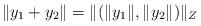
LaTeX: \begin{align*}\|y_1+y_2\|=\|(\|y_1\|,\|y_2\|)\|_Z\end{align*}